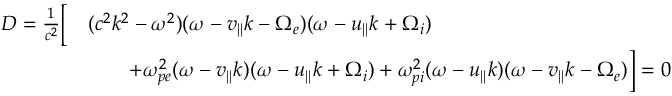
\begin{array} { r l } { D = \frac { 1 } { c ^ { 2 } } \bigg [ } & { ( c ^ { 2 } k ^ { 2 } - \omega ^ { 2 } ) ( \omega - v _ { | | } k - \Omega _ { e } ) ( \omega - u _ { | | } k + \Omega _ { i } ) } \\ & { \qquad + \omega _ { p e } ^ { 2 } ( \omega - v _ { | | } k ) ( \omega - u _ { | | } k + \Omega _ { i } ) + \omega _ { p i } ^ { 2 } ( \omega - u _ { | | } k ) ( \omega - v _ { | | } k - \Omega _ { e } ) \bigg ] = 0 } \end{array}